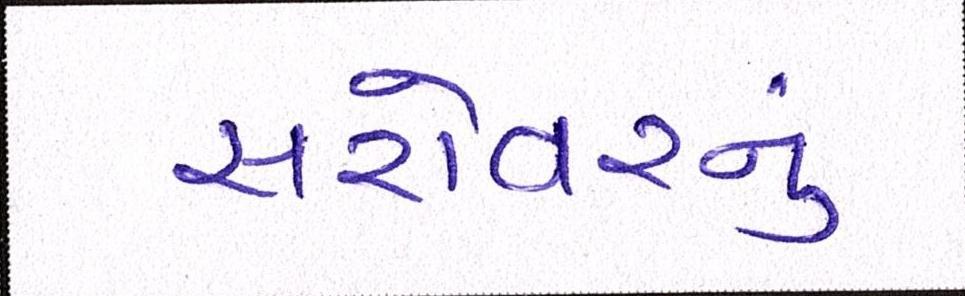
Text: સરોવરનું